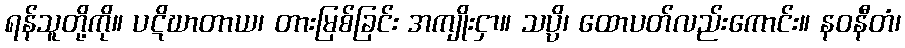
ရန်သူတို့ကို။ ပဋိဃာတာယ၊ တားမြစ်ခြင်း အကျိုးငှာ။ သပ္ပိ၊ ထောပတ်လည်းကောင်း။ နဝနီတံ၊